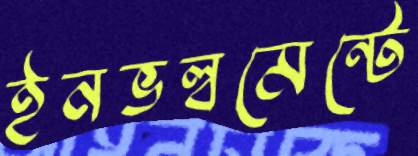
ইনভল্বমেন্টে